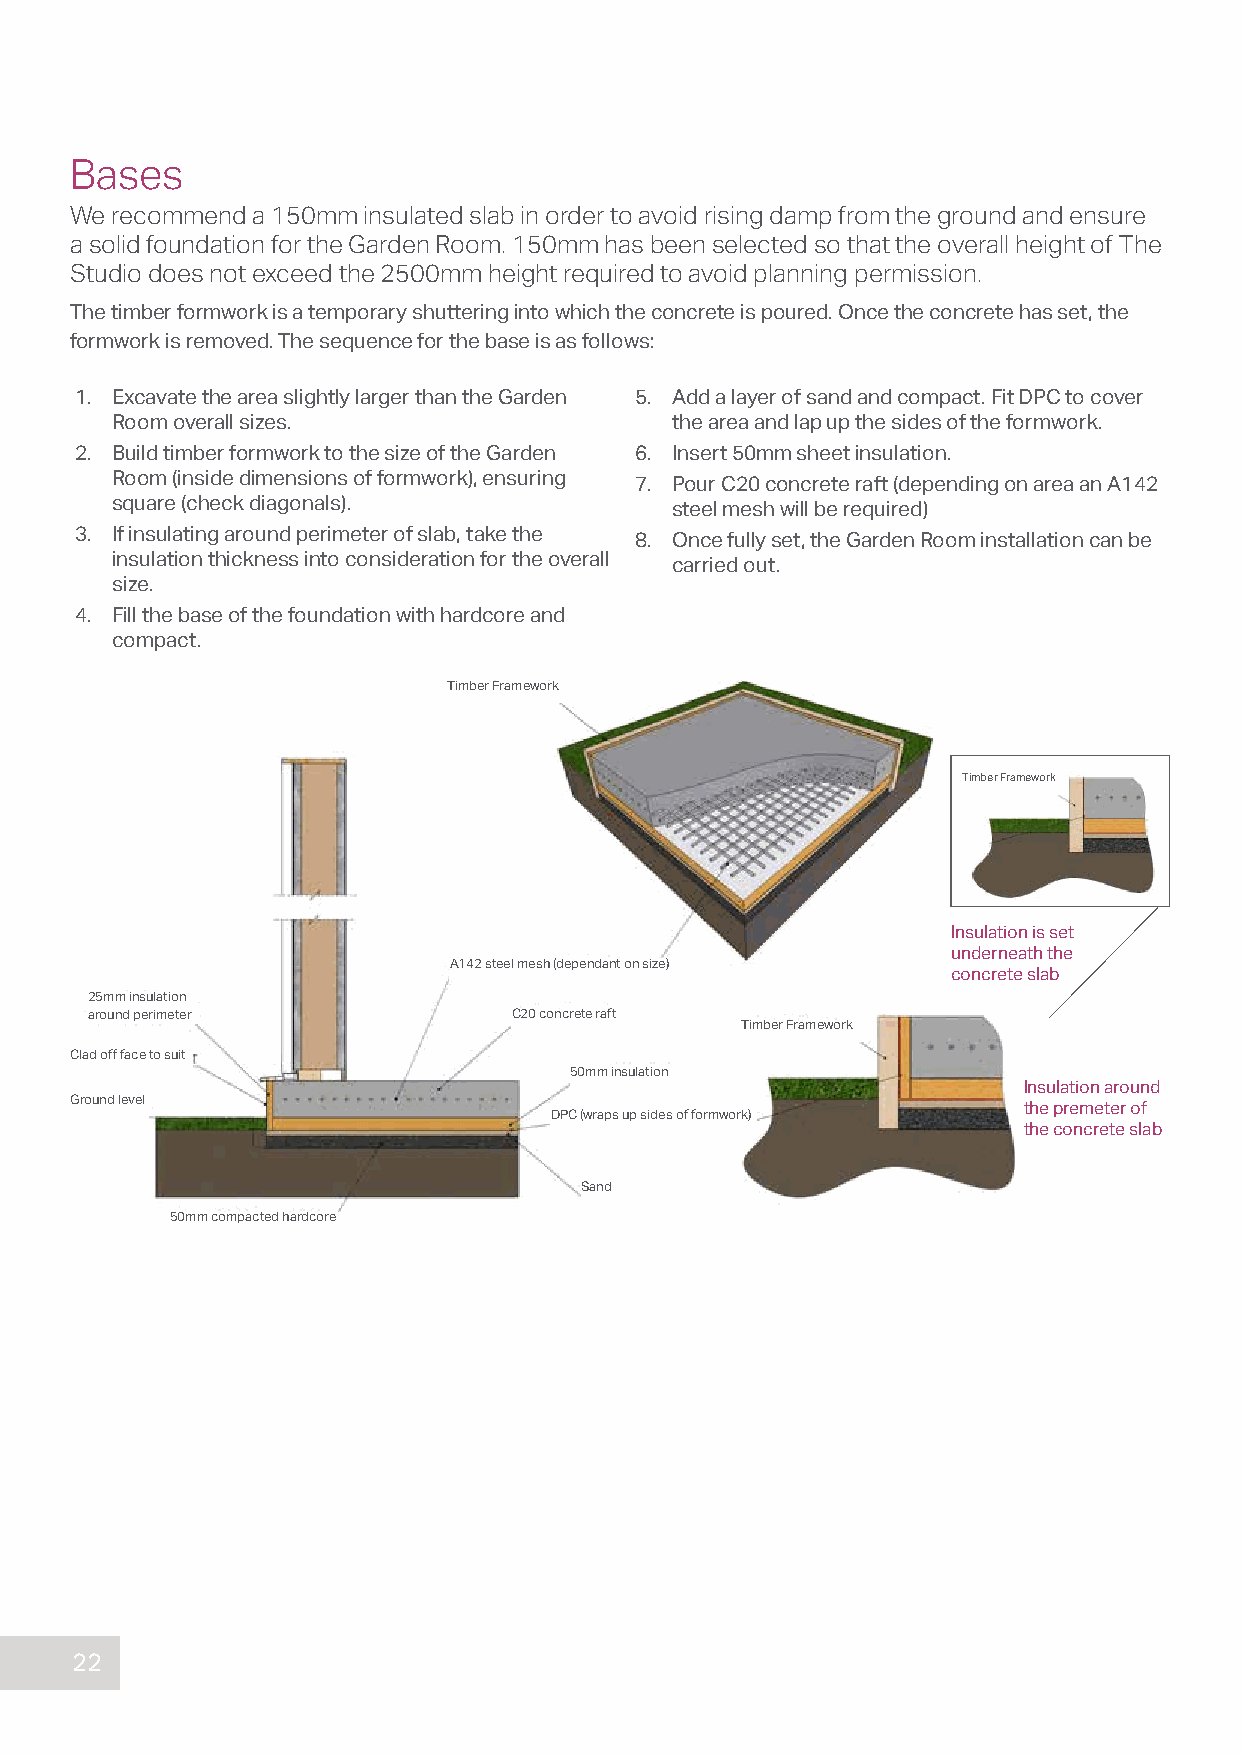
Bases
 We recommend a 150mm insulated slab in order to avoid rising damp from the ground and ensure
 a solid foundation for the Garden Room. 150mm has been selected so that the overall height of The
 Studio does not exceed the 2500mm height required to avoid planning permission.
 The timber formwork is a temporary shuttering into which the concrete is poured. Once the concrete has set, the
 formwork is removed. The sequence for the base is as follows:
 1. Excavate the area slightly larger than the Garden 5. Add a layer of sand and compact. Fit DPC to cover
 Room overall sizes.                  the area and lap up the sides of the formwork.
 2. Build timber formwork to the size of the Garden 6. Insert 50mm sheet insulation.
 Room (inside dimensions of formwork), ensuring 7. Pour C20 concrete raft (depending on area an A142
 square (check diagonals).            steel mesh will be required)
 3. If insulating around perimeter of slab, take the 8. Once fully set, the Garden Room installation can be
 insulation thickness into consideration for the overall carried out.
 size.
 4. Fill the base of the foundation with hardcore and
 compact.
 Timber Framework
 Timber Framework
 Insulation is set
 underneath the
 A142 steel mesh (dependant on size)
 concrete slab
 25mm insulation
 around perimeter            C20 concrete raft
 Timber Framework
 Clad off face to suit
 50mm insulation
 Insulation around
 Ground level
 DPC (wraps up sides of formwork) the premeter of
 the concrete slab
 Sand
 50mm compacted hardcore
 22